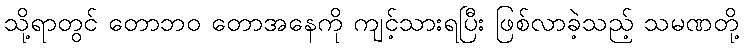
သို့ရာတွင် တောဘဝ တောအနေကို ကျင့်သားရပြီး ဖြစ်လာခဲ့သည့် သမဏတို့